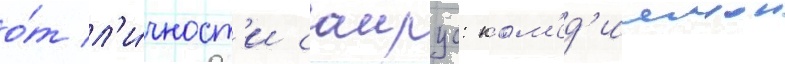
о́т л'и́чност'и саирус: ком'ед'иинои